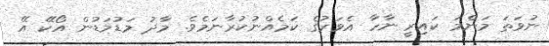
ނުވަތަ މަންމަ ކައިރީ ނާހާ އެވަރުގެ ކަމެއްނުކުރާނަމެވެ. މާދު މަޑުމަޑުން އޯކޭ އޭ